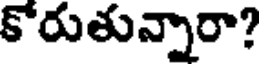
కోరుతున్నారా?